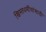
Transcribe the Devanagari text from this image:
ख्रिस्तधर्मीयांसाठी